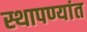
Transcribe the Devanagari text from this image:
स्थापण्यांत